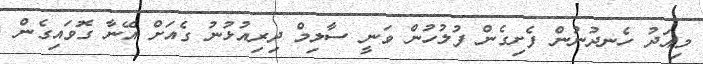
މިއަދު ހެނދުނުން ފެށިގެން ފުލުހުން ވަނީ ސާލިމް ދިރިއުޅުނު ގެއަށް އޭނާ ގޮވައިގެން